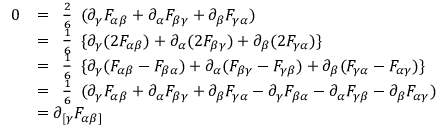
{ \begin{array} { r l } { 0 } & { = { \begin{array} { l } { { \frac { 2 } { 6 } } } \end{array} } ( \partial _ { \gamma } F _ { \alpha \beta } + \partial _ { \alpha } F _ { \beta \gamma } + \partial _ { \beta } F _ { \gamma \alpha } ) } \\ & { = { \begin{array} { l } { { \frac { 1 } { 6 } } } \end{array} } \{ \partial _ { \gamma } ( 2 F _ { \alpha \beta } ) + \partial _ { \alpha } ( 2 F _ { \beta \gamma } ) + \partial _ { \beta } ( 2 F _ { \gamma \alpha } ) \} } \\ & { = { \begin{array} { l } { { \frac { 1 } { 6 } } } \end{array} } \{ \partial _ { \gamma } ( F _ { \alpha \beta } - F _ { \beta \alpha } ) + \partial _ { \alpha } ( F _ { \beta \gamma } - F _ { \gamma \beta } ) + \partial _ { \beta } ( F _ { \gamma \alpha } - F _ { \alpha \gamma } ) \} } \\ & { = { \begin{array} { l } { { \frac { 1 } { 6 } } } \end{array} } ( \partial _ { \gamma } F _ { \alpha \beta } + \partial _ { \alpha } F _ { \beta \gamma } + \partial _ { \beta } F _ { \gamma \alpha } - \partial _ { \gamma } F _ { \beta \alpha } - \partial _ { \alpha } F _ { \gamma \beta } - \partial _ { \beta } F _ { \alpha \gamma } ) } \\ & { = \partial _ { [ \gamma } F _ { \alpha \beta ] } } \end{array} }